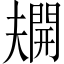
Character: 𫯿